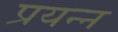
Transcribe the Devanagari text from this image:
प्रयन्न